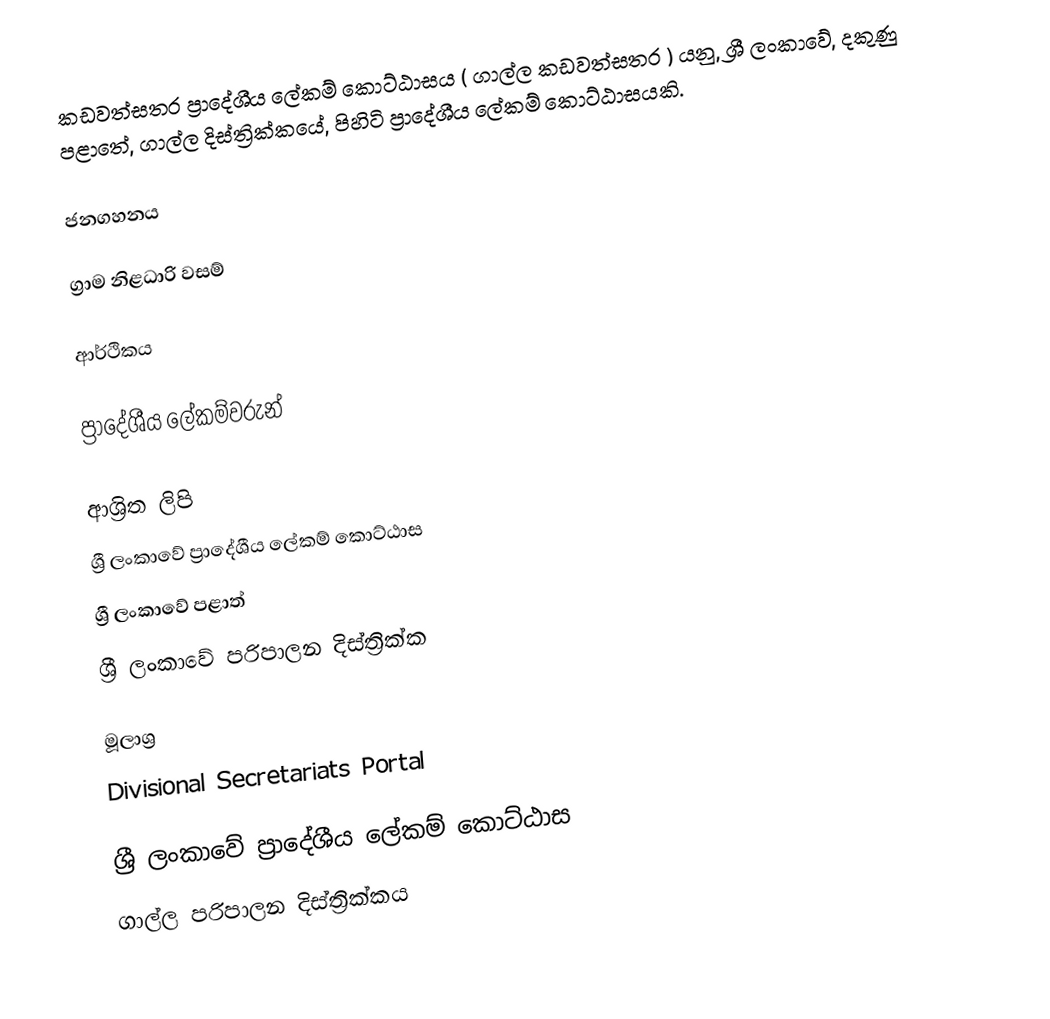
කඩවත්සතර ප්‍රාදේශීය ලේකම් කොට්ඨාසය ( ගාල්ල කඩවත්සතර )  යනු,  ශ්‍රී ලංකාවේ, දකුණු පළාතේ,   ගාල්ල දිස්ත්‍රික්කයේ, පිහිටි ප්‍රාදේශීය ලේකම් කොට්ඨාසයකි.

ජනගහනය

ග්‍රාම නිළධාරි වසම්

ආර්ථිකය

ප්‍රාදේශීය ලේකම්වරුන්

ආශ්‍රිත ලිපි
ශ්‍රී ලංකාවේ ප්‍රාදේශීය ලේකම් කොට්ඨාස
ශ්‍රී ලංකාවේ පළාත්
ශ්‍රී ලංකාවේ පරිපාලන දිස්ත්‍රික්ක

මූලාශ්‍ර
 Divisional Secretariats Portal

ශ්‍රී ලංකාවේ ප්‍රාදේශීය ලේකම් කොට්ඨාස
ගාල්ල පරිපාලන දිස්ත්‍රික්කය